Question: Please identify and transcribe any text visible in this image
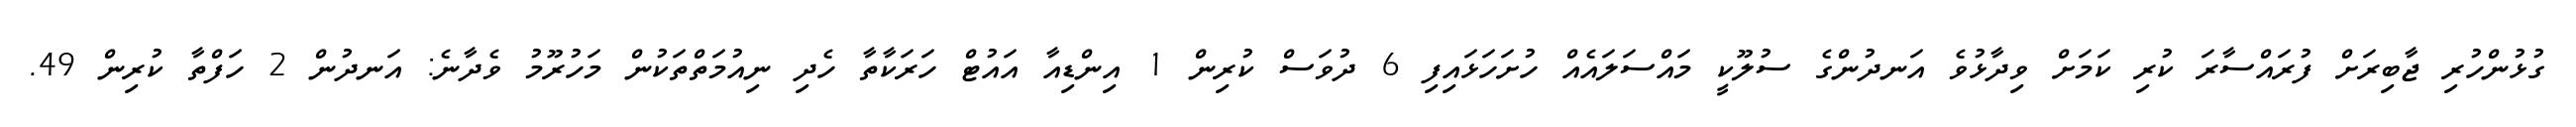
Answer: ގުޅުންހުރި ޖާބިރަށް ފުރައްސާރަ ކުރި ކަމަށް ވިދާޅުވެ އަނދުންގެ ސުލޫކީ މައްސަލައެއް ހުށަހަޅައިފި 6 ދުވަސް ކުރިން 1 އިންޑިއާ އައުޓް ހަރަކާތާ ހެދި ނިއުމަތްތަކުން މަހުރޫމު ވެދާނެ: އަނދުން 2 ހަފްތާ ކުރިން 49.